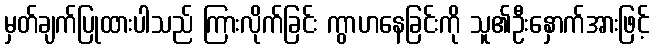
မှတ်ချက်ပြုထားပါသည် ကြားလိုက်ခြင်း ကွာဟနေခြင်းကို သူ၏ဦးနှောက်အားဖြင့်